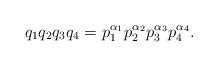
LaTeX: \begin{align*}q_1q_2q_3q_4 = p_1^{\alpha_1}p_2^{\alpha_2}p_3^{\alpha_3}p_4^{\alpha_4}.\end{align*}